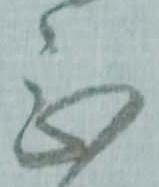
念